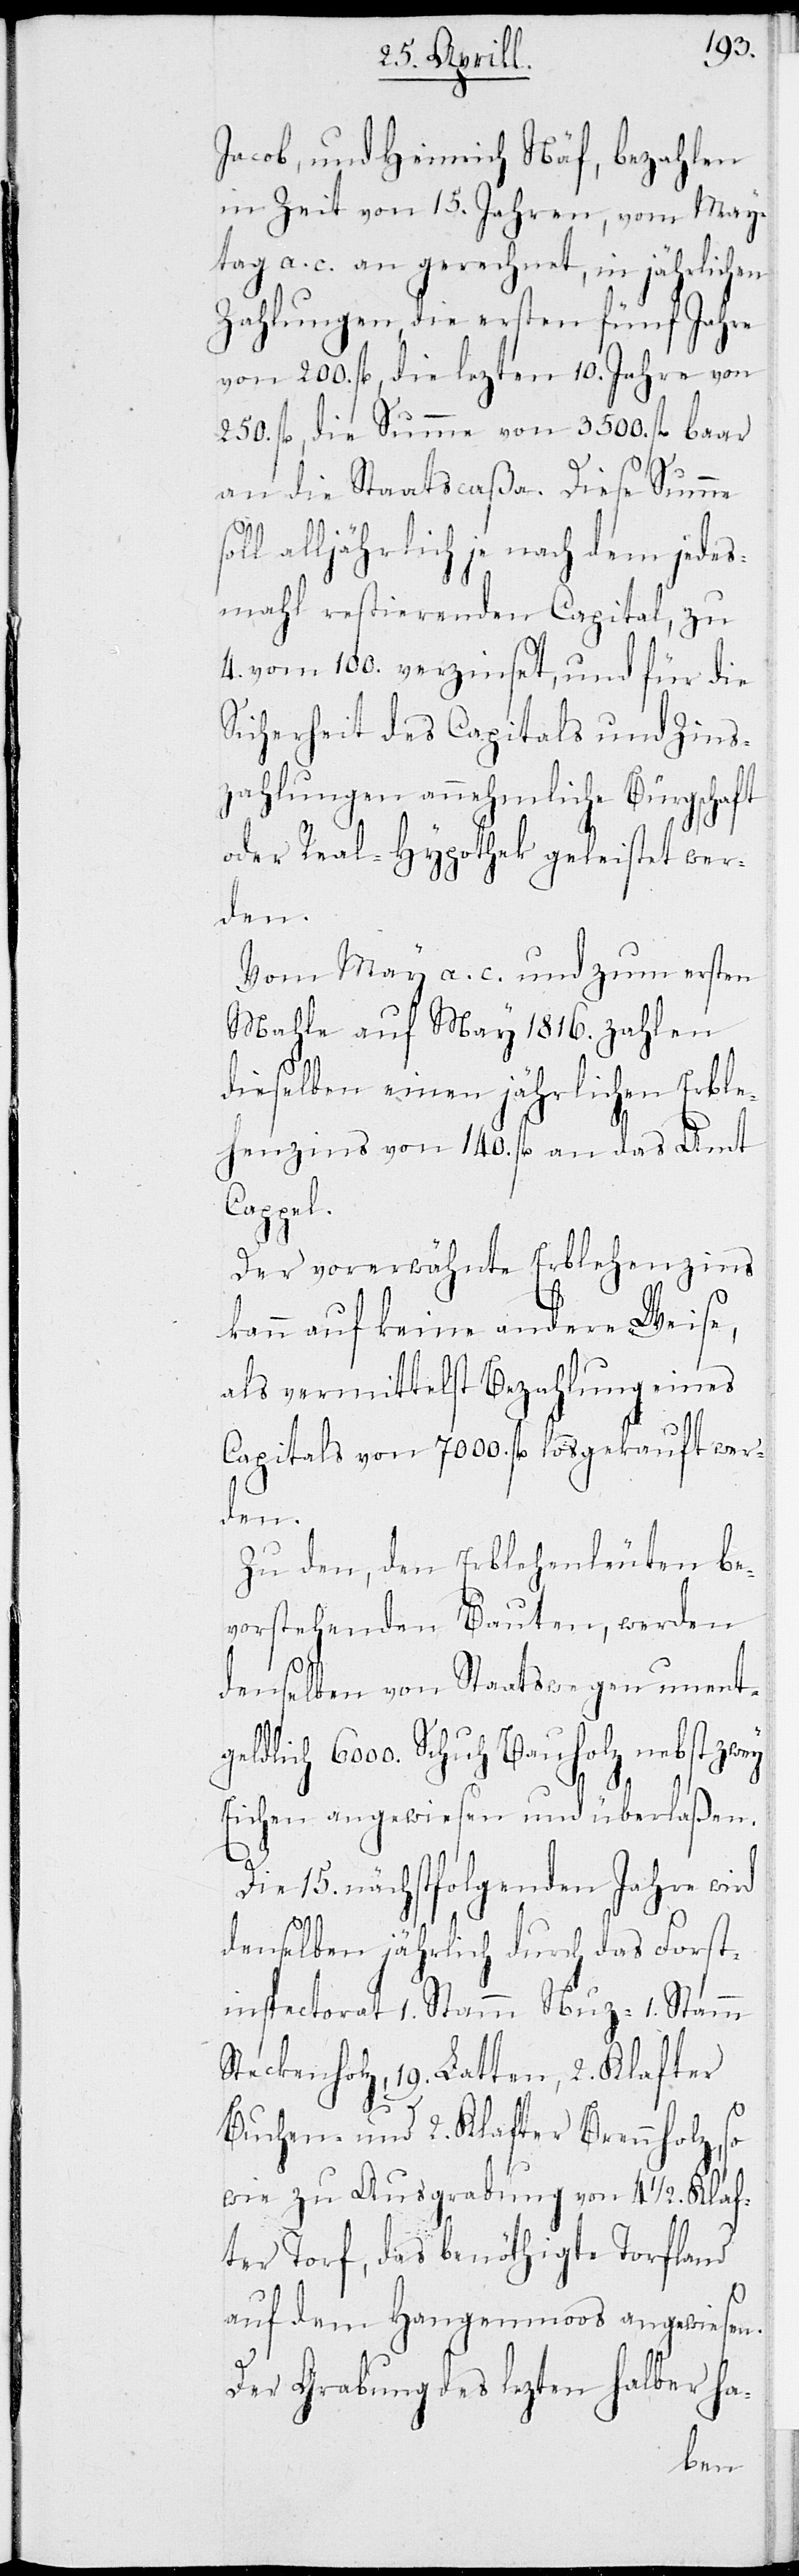
Jacob, und Heinrich Näf, bezahlen
in Zeit von 15. Jahren, vom May¬
tag a. c. an gerechnet, in jährlichen
Zahlungen, die ersten fünf Jahre
von 200. fl, die lezten 10. Jahre von
250. fl, die Summe von 3500. fl baar
an die Staatscaßa. Diese Summe
alljährlich je nach dem jedes¬
mahl restierenden Capital, zu
4. vom 100. verzinset, und für die
Sicherheit des Capitals und Zins¬
zahlungen annehmliche Bürgschaft
oder Real-Hypothek geleistet wer¬
den.
Vom May a. c. und zum ersten
Mahle auf May 1816. zahlen
dieselben einen jährlichen Erble¬
henzins von 140. fl an das Amt
Cappel.
Der vorerwähnte Erblehenzins
kann auf keine andere Weise,
als vermittelst Bezahlung eines
Capitals von 7000. fl losgekauft wer¬
Zu den, den Erblehenleuten be¬
vorstehenden Bauten, werden
denselben von Staatwegen unent¬
geldlich 6000. Schuh Bauholz, nebst zwey
Eichen angewiesen und überlaßen.
Die 15. nächstfolgenden Jahre wird
denselben jährlich durch das Forst¬
inspectorat 1. Stamm Nuz- 1. Stamm
Steckenholz, 19. Latten, 2. Klafter
Buchen- und 2. Klafter Brennholz, so
wie zu Ausgrabung von 4 ½. Klaf¬
ter Torf, das benöthigte Torfland
auf dem Hangenmoos angewiesen.
Der Grabung des lezten halber ha-